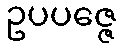
ဥပပဇ္ဇေ